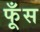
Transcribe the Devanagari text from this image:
फूँस